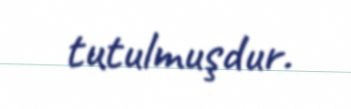
tutulmuşdur.